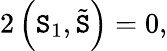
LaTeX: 2\left(\mathtt{S}_{1},\tilde{{\mathtt{S}}}\right)=0,